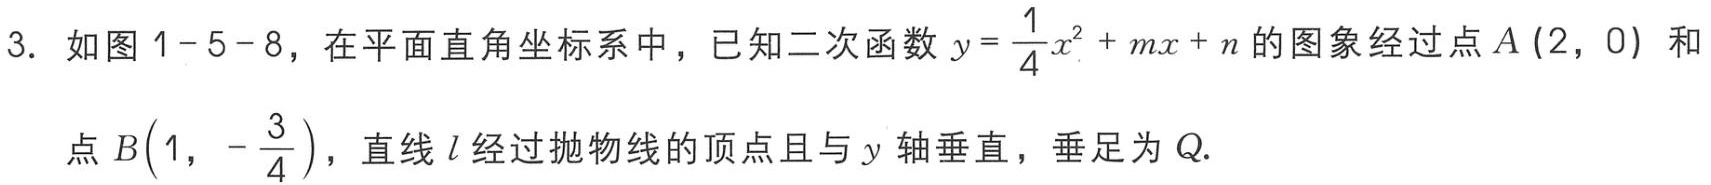
3. 如图1-5-8，在平面直角坐标系中，已知二次函数\(y = \frac{1}{4}x^{2}+mx + n\)的图象经过点\(A(2,0)\)和

点\(B\left(1,-\frac{3}{4}\right)\)，直线\(l\)经过抛物线的顶点且与\(y\)轴垂直，垂足为\(Q\).